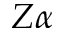
Z \alpha